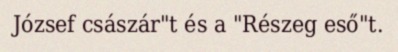
József császár"t és a "Részeg eső"t.